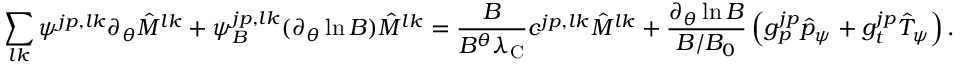
\sum _ { l k } \psi ^ { j p , l k } \partial _ { \theta } \hat { M } ^ { l k } + \psi _ { B } ^ { j p , l k } ( \partial _ { \theta } \ln B ) \hat { M } ^ { l k } = \frac { B } { B ^ { \theta } \lambda _ { \mathrm { C } } } c ^ { j p , l k } \hat { M } ^ { l k } + \frac { \partial _ { \theta } \ln B } { B / B _ { 0 } } \left( g _ { p } ^ { j p } \hat { p } _ { \psi } + g _ { t } ^ { j p } \hat { T } _ { \psi } \right) .